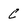
Character: C